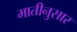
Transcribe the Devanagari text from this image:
मातीनुसार